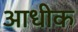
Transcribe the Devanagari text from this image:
आधीक